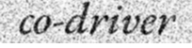
co-driver